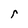
Character: r